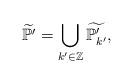
LaTeX: \begin{align*} \widetilde{\mathbb{P}'}=\bigcup_{k'\in\mathbb{Z}}\widetilde{\mathbb{P}'_{k'}},\end{align*}